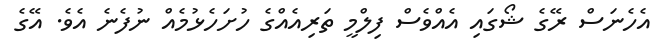
އެހެނަސް ރޭގެ ޝޯގައި އެއްވެސް ފިލްމީ ތަރިއެއްގެ ހުށަހެޅުމެއް ނުފެނެ އެވެ. އޭގެ